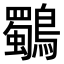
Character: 鸀